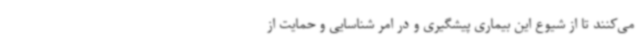
می‌کنند تا از شیوع این بیماری پیشگیری و در امر شناسایی و حمایت از